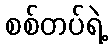
စစ်တပ်ရဲ့